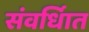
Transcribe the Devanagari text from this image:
संवर्धिात